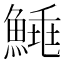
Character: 𩹣